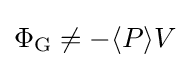
\Phi _{\text{G}}\neq -\langle P\rangle V